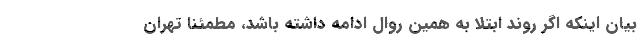
بیان اینکه اگر روند ابتلا به همین روال ادامه داشته باشد، مطمئنا تهران